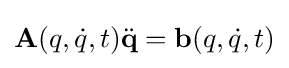
\mathbf {A} (q,{\dot {q}},t){\ddot {\mathbf {q} }}=\mathbf {b} (q,{\dot {q}},t)